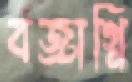
বজ্রাগ্নি